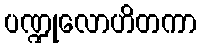
ပဏ္ဍုလောဟိတကာ